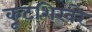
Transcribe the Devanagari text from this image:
कूटशिखरे